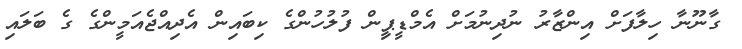
ގާނޫނާ ހިލާފަށް އިންޒާރު ނުދިނުމަށް އެމްޑީޕިީން ފުލުހުންގެ ކިބައިން އެދިއްޖެއަމީންގެ ގެ ބަލައި